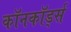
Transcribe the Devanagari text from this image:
कॉनकॉर्ड्स